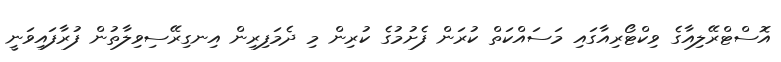
އޮސްޓްރޭލިއާގެ ވިކްޓޯރިއާގައި މަސައްކަތް ކުރަން ފެށުމުގެ ކުރިން މި ދެމަފިރިން އިނގިރޭސިވިލާތުން ފުރާފައިވަނީ